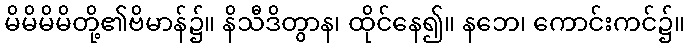
မိမိမိမိတို့၏ဗိမာန်၌။ နိသီဒိတွာန၊ ထိုင်နေ၍။ နဘေ၊ ကောင်းကင်၌။